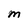
Character: M